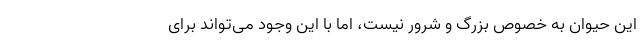
این حیوان به خصوص بزرگ و شرور نیست، اما با این وجود می‌تواند برای